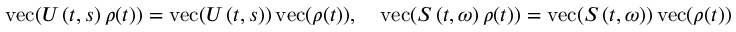
\operatorname { v e c } ( U \left( t , s \right) \rho ( t ) ) = \operatorname { v e c } ( U \left( t , s \right) ) \operatorname { v e c } ( \rho ( t ) ) , \quad \operatorname { v e c } ( S \left( t , \omega \right) \rho ( t ) ) = \operatorname { v e c } ( S \left( t , \omega \right) ) \operatorname { v e c } ( \rho ( t ) ) .